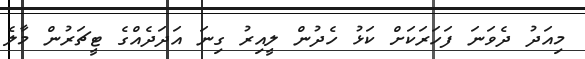
މިއަދު ދެވަނަ ފަހަރަކަށް ކަޅު ހެދުން ލީއިރު ގިނަ އަދަދެއްގެ ޓީޗަރުން މާލެ